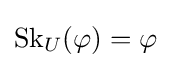
\operatorname {Sk} _{U}(\varphi )=\varphi